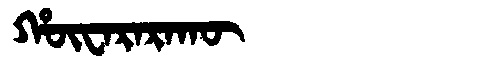
Manchu: ᡥᡡᠸᠠᡵᠠᡵᠠᡴᡡ
Romanization: HŪWARARAKŪ